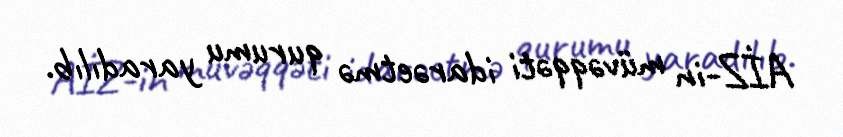
AİZ-in müvəqqəti idarəetmə qurumu yaradılıb.